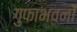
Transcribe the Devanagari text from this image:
गुफाभवनों